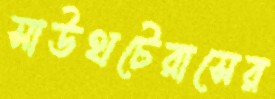
সাউথটেরাসের